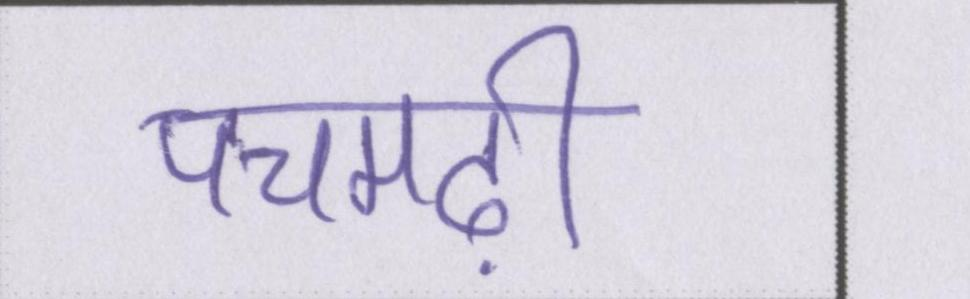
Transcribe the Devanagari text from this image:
पचमढ़ी